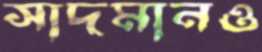
সাদমানও